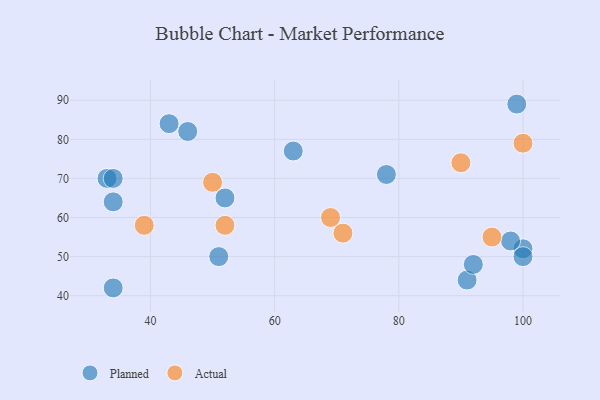
{"axis": {"x": "GDP", "y": "Life Expectancy"}, "legend": ["Actual", "Planned"], "data": [{"x": "100", "y": 52, "type": "Planned"}, {"x": "34", "y": 42, "type": "Planned"}, {"x": "46", "y": 82, "type": "Planned"}, {"x": "91", "y": 44, "type": "Planned"}, {"x": "52", "y": 65, "type": "Planned"}, {"x": "92", "y": 48, "type": "Planned"}, {"x": "33", "y": 70, "type": "Planned"}, {"x": "99", "y": 89, "type": "Planned"}, {"x": "43", "y": 84, "type": "Planned"}, {"x": "63", "y": 77, "type": "Planned"}, {"x": "34", "y": 64, "type": "Planned"}, {"x": "34", "y": 70, "type": "Planned"}, {"x": "98", "y": 54, "type": "Planned"}, {"x": "78", "y": 71, "type": "Planned"}, {"x": "51", "y": 50, "type": "Planned"}, {"x": "100", "y": 50, "type": "Planned"}, {"x": "95", "y": 55, "type": "Actual"}, {"x": "69", "y": 60, "type": "Actual"}, {"x": "100", "y": 79, "type": "Actual"}, {"x": "39", "y": 58, "type": "Actual"}, {"x": "50", "y": 69, "type": "Actual"}, {"x": "90", "y": 74, "type": "Actual"}, {"x": "52", "y": 58, "type": "Actual"}, {"x": "71", "y": 56, "type": "Actual"}]}